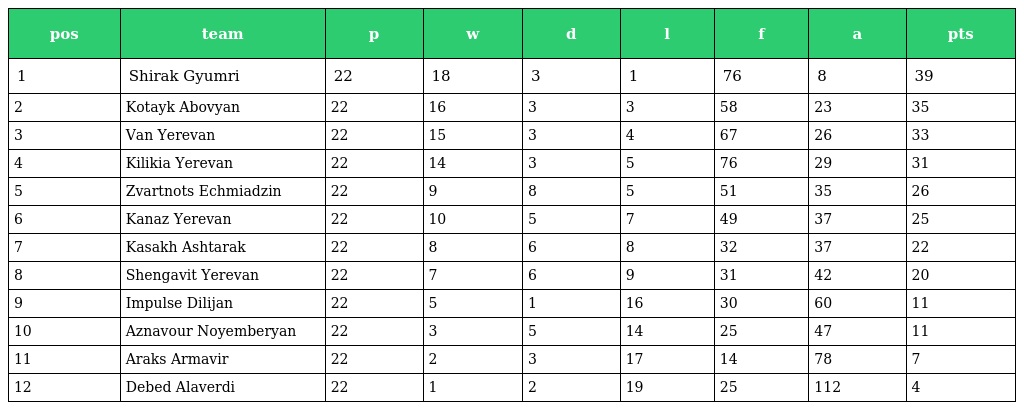
| pos | team | p | w | d | l | f | a | pts |
 | --- | --- | --- | --- | --- | --- | --- | --- | --- |
 | 1 | Shirak Gyumri | 22 | 18 | 3 | 1 | 76 | 8 | 39 |
 | 2 | Kotayk Abovyan | 22 | 16 | 3 | 3 | 58 | 23 | 35 |
 | 3 | Van Yerevan | 22 | 15 | 3 | 4 | 67 | 26 | 33 |
 | 4 | Kilikia Yerevan | 22 | 14 | 3 | 5 | 76 | 29 | 31 |
 | 5 | Zvartnots Echmiadzin | 22 | 9 | 8 | 5 | 51 | 35 | 26 |
 | 6 | Kanaz Yerevan | 22 | 10 | 5 | 7 | 49 | 37 | 25 |
 | 7 | Kasakh Ashtarak | 22 | 8 | 6 | 8 | 32 | 37 | 22 |
 | 8 | Shengavit Yerevan | 22 | 7 | 6 | 9 | 31 | 42 | 20 |
 | 9 | Impulse Dilijan | 22 | 5 | 1 | 16 | 30 | 60 | 11 |
 | 10 | Aznavour Noyemberyan | 22 | 3 | 5 | 14 | 25 | 47 | 11 |
 | 11 | Araks Armavir | 22 | 2 | 3 | 17 | 14 | 78 | 7 |
 | 12 | Debed Alaverdi | 22 | 1 | 2 | 19 | 25 | 112 | 4 |